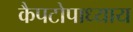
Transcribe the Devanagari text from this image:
कैपटोपाध्याय